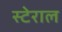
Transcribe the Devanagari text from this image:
स्टेराल